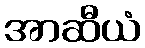
အာဆီယံ